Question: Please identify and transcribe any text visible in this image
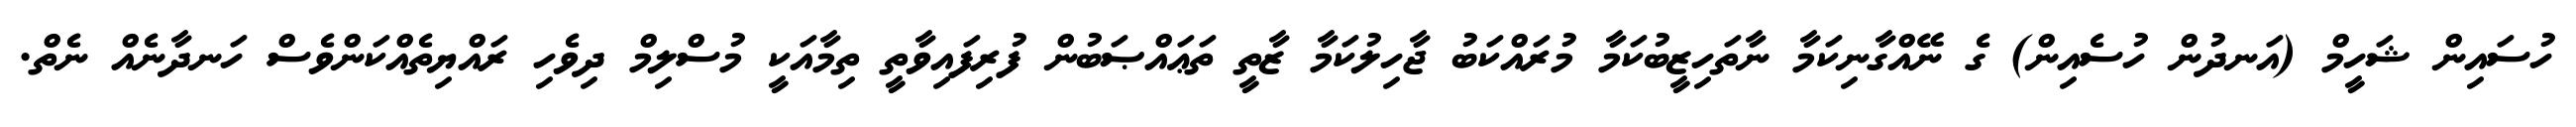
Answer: ހުސައިން ޝަހީމް (އަނދުން ހުސެއިން) ގެ ނޭއްގާނިކަމާ ނާތަހިޒީބުކަމާ މުރައްކަބު ޖާހިލުކަމާ ޒާތީ ތަޢައްޞަބުން ފުރިފައިވާތީ ތިމާއަކީ މުސްލިމް ދިވެހި ރައްޔިތެއްކަންވެސް ހަނދާނެއް ނެތް.